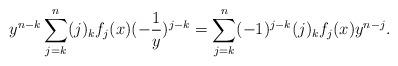
LaTeX: \begin{align*}y^{n-k} \sum_{j=k}^{n} (j)_{k}f_j(x)(-\frac{1}{y})^{j-k} = \sum_{j=k}^{n} (-1)^{j-k} (j)_{k}f_j(x) y^{n-j}.\end{align*}